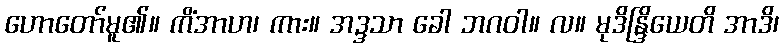
ဟောတော်မူ၏။ ကိံအာဟ၊ ကား။ အဒ္ဒသာ ခေါ ဘဂဝါ။ လ။ မုဒိန္ဒြိယေတိ အာဒိ၊